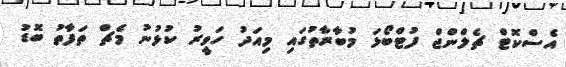
އެސްކޮޓް ޗެލްންޖް ފުޓްބޯޅަ މުބާރާތުގައި މިއަދު ހަވީރު ކުޅުނު މެޗް ތަފާތު ބޮޑު